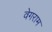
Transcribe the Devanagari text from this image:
वेगराम